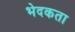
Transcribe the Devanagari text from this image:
भेदकता